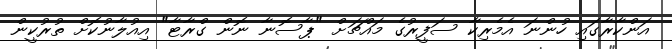
އަންކާރާގައި ހުންނަ އެމެރިކާ ސަފީރުގެ މައްޗަށް "ޕާސޮނާ ނޮން ގްރާޓާ" އިއުލާނުކޮށް ތުރުކީން